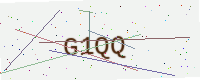
Text: G1QQ